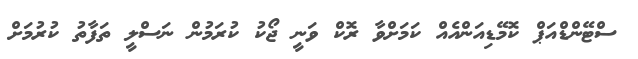
ސްޓޭންޑްއަޕް ކޮމޭޑިއަންއެއް ކަމަށްވާ ރޮކް ވަނީ ޖޯކު ކުރަމުން ނަސްލީ ތަފާތު ކުރުމަށް